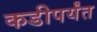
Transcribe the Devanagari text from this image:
कडीपर्यंत